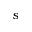
s